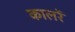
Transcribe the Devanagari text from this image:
कालरें